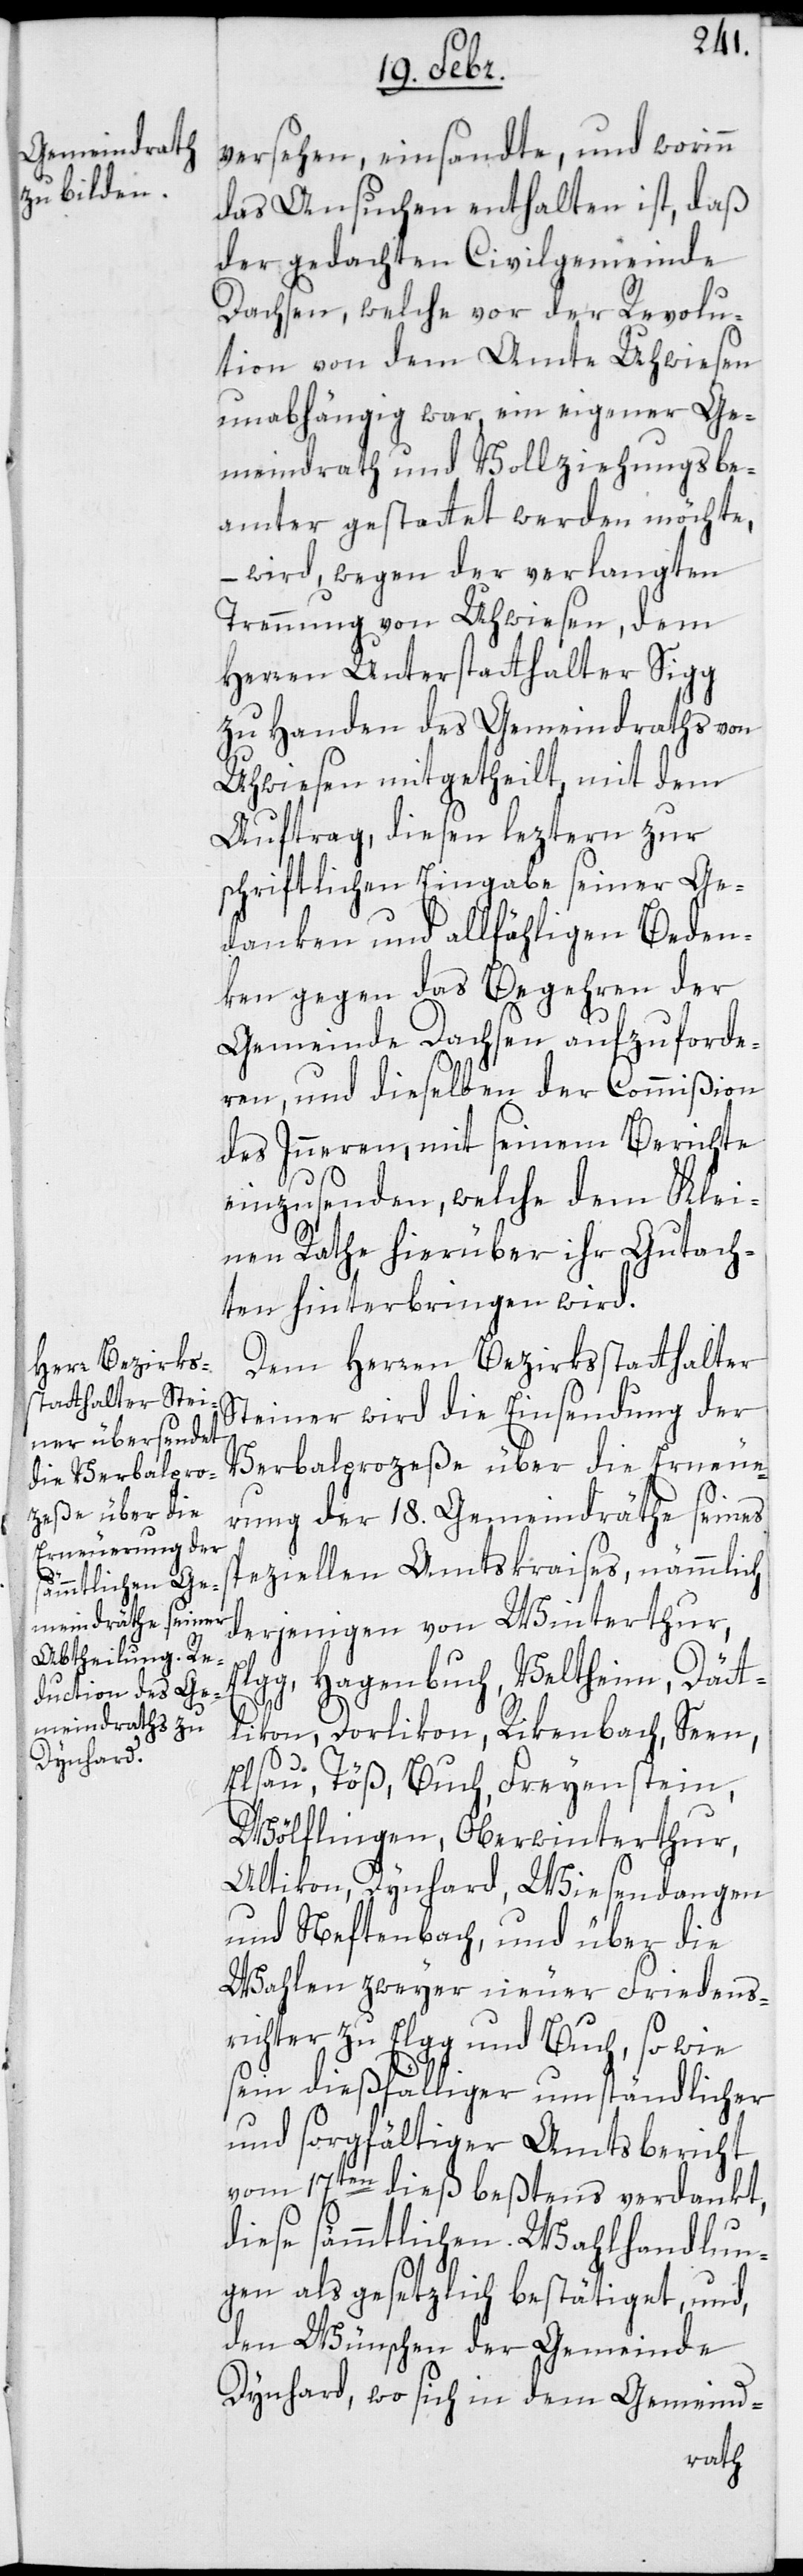
versehen einsandte, und worinn
das Ansuchen enthalten ist, daß
der gedachten Civilgemeinde
Dachsen, welche vor der Revolu¬
tion von dem Amte Uhwiesen
unabhängig war, ein eigener Ge¬
meindrath und Vollziehungsbe¬
amter gestattet werden möchte,
– wird wegen der verlangten
Trennung von Uhwiesen, dem
Herren Unterstatthalter Sigg
zu Handen des Gemeindraths von
Uhwiesen mitgetheilt, mit dem
Auftrag, diesen leztern zur
schriftlichen Eingabe seiner Ge¬
danken und allfälligen Beden¬
ken gegen das Begehren der
Gemeinde Dachsen aufzuforde¬
ren, und dieselben der Commißion
des Innern, mit seinem Berichte
einzusenden, welche dem Klei¬
nen Rathe hierüber ihr Gutach¬
ten hinterbringen wird.
Dem Herren Bezirksstatthalter
Steiner wird die Einsendung der
Verbalprozeße über die Erneue¬
rung der 18. Gemeindräthe seines
speziellen Amtskreises, nämmlich
derjenigen von Winterthur,
Hagenbuch, Veltheim, Dätt¬
likon, Dorlikon, Rikenbach, Seen,
Elsau, Töß, Buch, Freyenstein,
Wölflingen, Oberwinterthur,
Altikon, Dynhard, Wiesendangen
und Neftenbach, und über die
Wahlen zweyer neuer Friedens¬
richter zu Elgg und Buch, sowie
sein dießfälliger umständlicher
und sorgfältiger Amtsbericht
vom 17ten dieß bestens verdankt,
diese sämtlichen Wahlhandlun¬
gen als gesetzlich bestätiget und
den Wünschen der Gemeinde
Dynhard, wo sich in dem Gemeind-